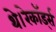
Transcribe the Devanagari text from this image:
थे।रेकॉर्ड्स